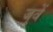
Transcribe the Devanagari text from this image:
जुवें